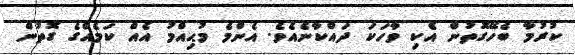
ކުރުމާ ބެހޭގޮތުން އެކި ވާހަކަ ދައްކާނެއެވެ. އެންމެ މުޙިއްމު އެއް ކަމެއްގެ ގޮތުން